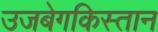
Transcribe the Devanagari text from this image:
उजबेगकिस्तान